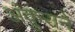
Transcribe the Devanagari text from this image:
अंकुराने